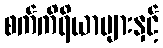
စက်ကိရိယာများနှင့်